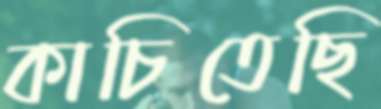
কাচিতেছি